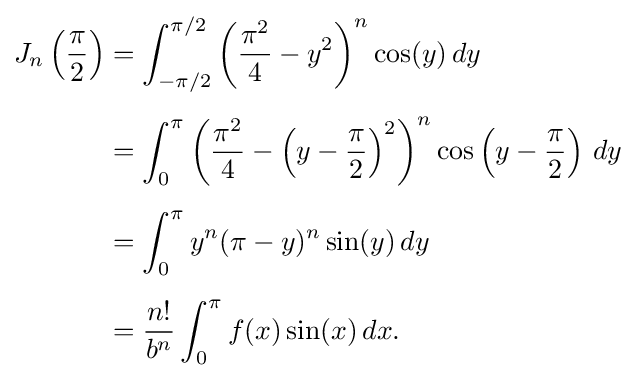
{\begin{aligned}J_{n}\left({\frac {\pi }{2}}\right)&=\int _{-\pi /2}^{\pi /2}\left({\frac {\pi ^{2}}{4}}-y^{2}\right)^{n}\cos(y)\,dy\\[5pt]&=\int _{0}^{\pi }\left({\frac {\pi ^{2}}{4}}-\left(y-{\frac {\pi }{2}}\right)^{2}\right)^{n}\cos \left(y-{\frac {\pi }{2}}\right)\,dy\\[5pt]&=\int _{0}^{\pi }y^{n}(\pi -y)^{n}\sin(y)\,dy\\[5pt]&={\frac {n!}{b^{n}}}\int _{0}^{\pi }f(x)\sin(x)\,dx.\end{aligned}}